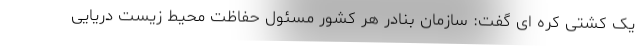
یک کشتی کره ای گفت: سازمان بنادر هر کشور مسئول حفاظت محیط زیست دریایی